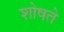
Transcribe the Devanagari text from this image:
शोषते